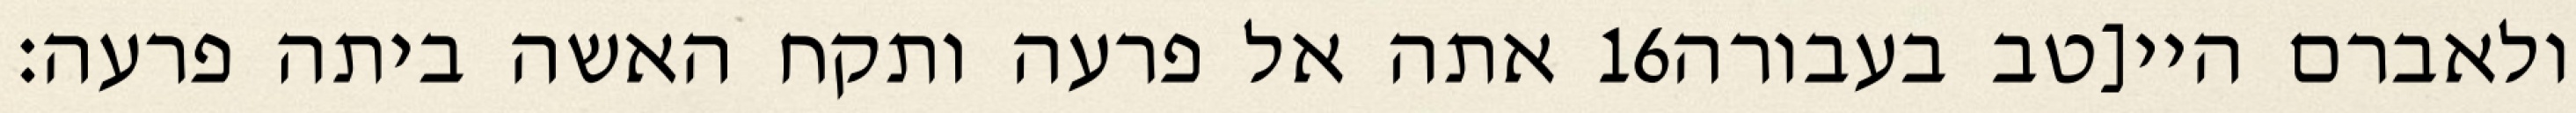
אתה אל פרעה ותקח האשה ביתה פרעה׃ ‎16‏ ולאברם היי[טב בעבורה